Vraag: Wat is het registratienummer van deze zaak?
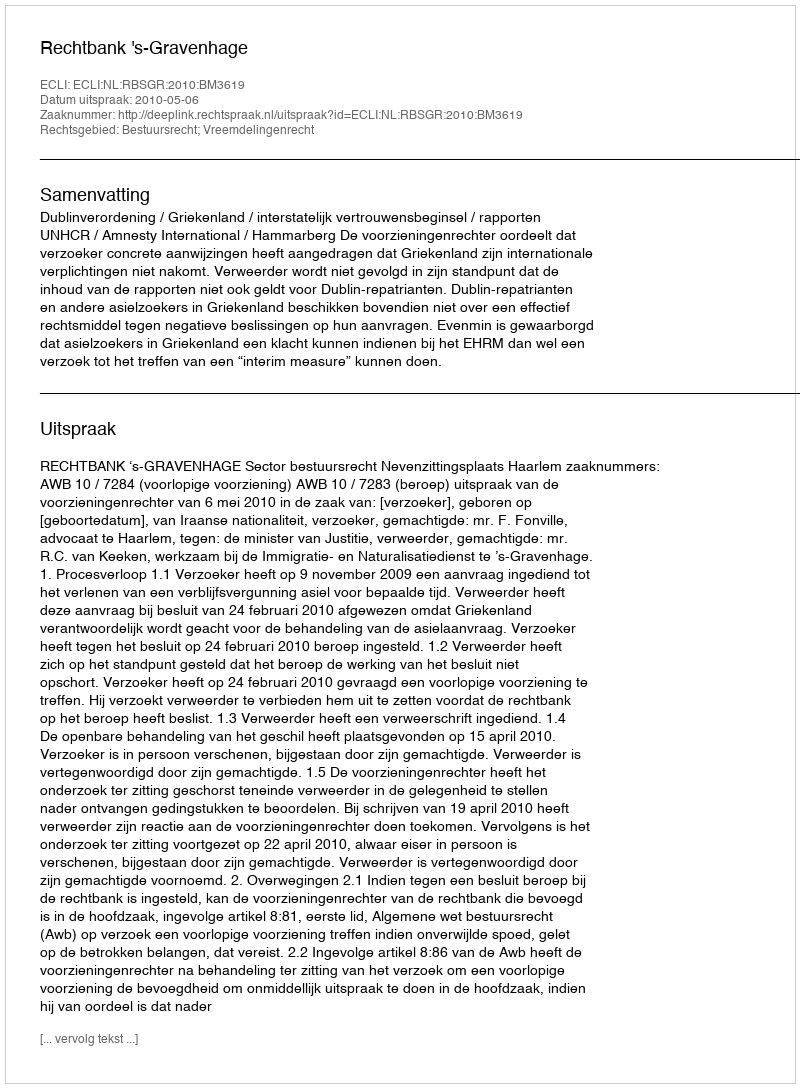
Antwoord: http://deeplink.rechtspraak.nl/uitspraak?id=ECLI:NL:RBSGR:2010:BM3619